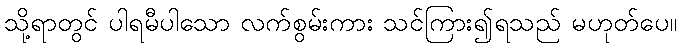
သို့ရာတွင် ပါရမီပါသော လက်စွမ်းကား သင်ကြား၍ရသည် မဟုတ်ပေ။